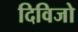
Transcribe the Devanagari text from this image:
दिविजो